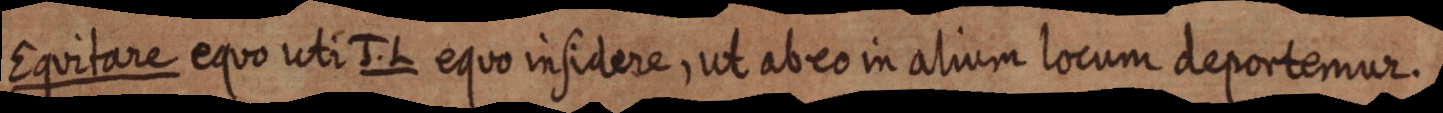
Equitare equo uti J. L equo insidere, ut ab eo in alium locum deportemur.